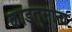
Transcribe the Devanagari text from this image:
काडतुसांना